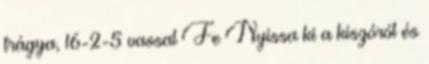
trágya, 16-2-5 vassal Fe Nyissa ki a kiszórót és